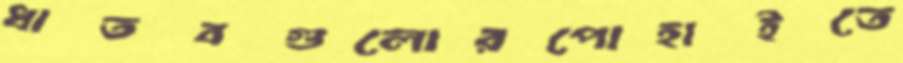
ধাতবগুলোরপোহাইতে